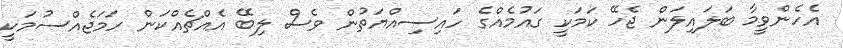
އެހެންވީމާ ބަލައިލަން ޖެހޭ ކަމަކީ ގައުމެއްގެ ހައިސިއްޔަތުން ވެސް ލިބޭ އެއްޗެއްކަން ހަމަޖެއްސުމަކީ